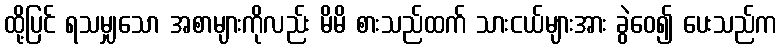
ထို့ပြင် ရသမျှသော အစာများကိုလည်း မိမိ စားသည်ထက် သားငယ်များအား ခွဲဝေ၍ ပေးသည်က